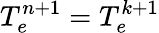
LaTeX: T_{e}^{n+1}=T_{e}^{k+1}